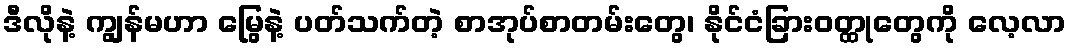
ဒီလိုနဲ့ ကျွန်မဟာ မြွေနဲ့ ပတ်သက်တဲ့ စာအုပ်စာတမ်းတွေ၊ နိုင်ငံခြားဝတ္ထုတွေကို လေ့လာ